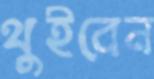
থুইবেন